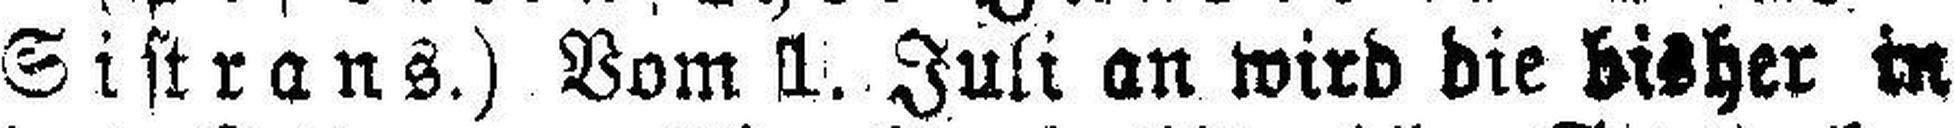
Sistrans.) Vom 1. Juli an wird die bisher in